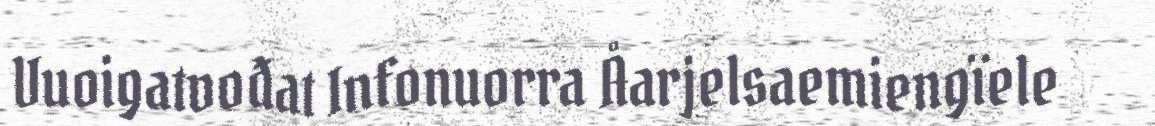
Vuoigatvođat Infonuorra Åarjelsaemiengïele